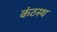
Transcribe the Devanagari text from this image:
कंठस्‍थ